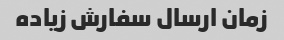
زمان ارسال سفارش زیاده